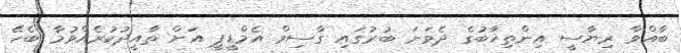
ބާއްވާ ރިޔާސީ އިންތިޚާބުގެ ދެވަނަ ބުރުގައި ގާސިމް އެމްޑީޕީ އަށް ތާއީދުކުރެއްވުމާ ބެހޭ